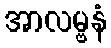
အာလမ္ဗနံ